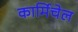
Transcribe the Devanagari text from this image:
कार्मिचेल